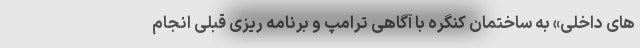
های داخلی» به ساختمان کنگره با آگاهی ترامپ و برنامه ریزی قبلی انجام